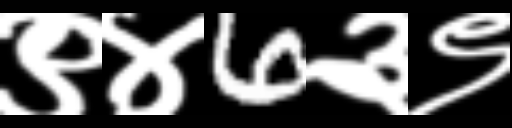
Text: ९४6३९